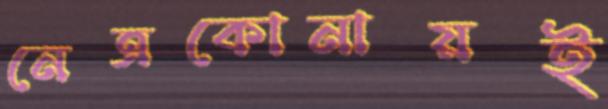
নেত্রকোনায়ই